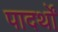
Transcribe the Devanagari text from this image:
पादर्थों